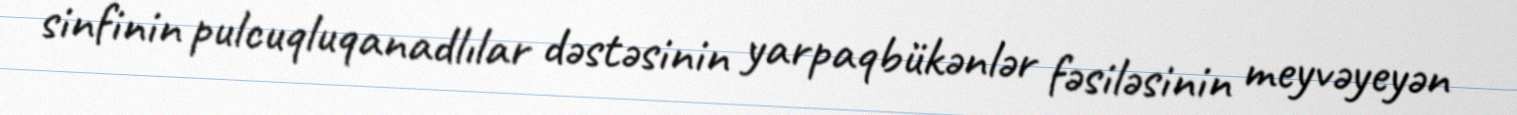
sinfinin pulcuqluqanadlılar dəstəsinin yarpaqbükənlər fəsiləsinin meyvəyeyən